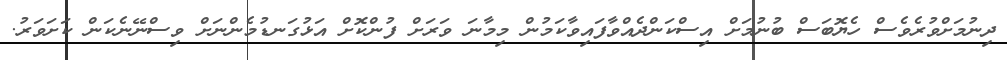
ދިނުމަށްވުރެވެސް ހެޔޮބަސް ބުނުމަށް އިސްކަންދެއްވާފައިވާކަމުން މިމާނަ ވަރަށް ފުންކޮށް އަޅުގަނޑުމެންނަށް ވިސްނޭނެކަން ކަށަވަރު.